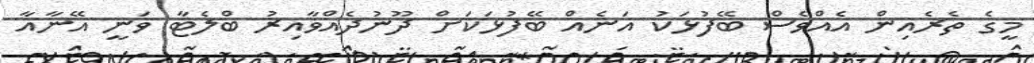
މީގެ ތެރެއިން އެއްވެސް ބޭފުޅަކު އަނެއް ބޭފުޅަކަށް ދޫނުދެއްވާއިރު ބްލެޓާ ވަނީ އޭނާއާ